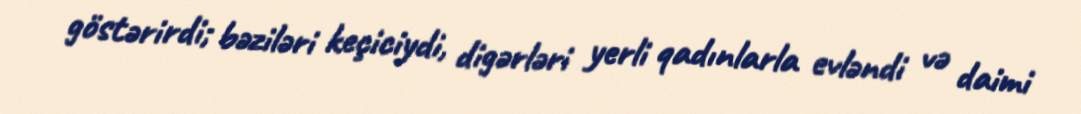
göstərirdi; bəziləri keçiciydi, digərləri yerli qadınlarla evləndi və daimi